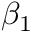
\beta _ { 1 }